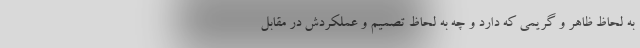
به لحاظ ظاهر و گریمی که دارد و چه به لحاظ تصمیم و عملکردش در مقابل